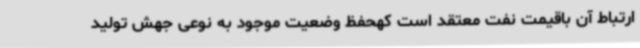
ارتباط آن باقیمت نفت معتقد است کهحفظ وضعیت موجود به نوعی جهش تولید